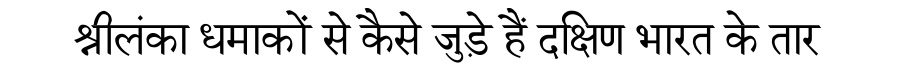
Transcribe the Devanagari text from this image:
श्रीलंका धमाकों से कैसे जुड़े हैं दक्षिण भारत के तार